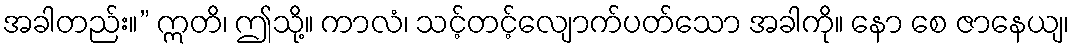
အခါတည်း။” ဣတိ၊ ဤသို့။ ကာလံ၊ သင့်တင့်လျောက်ပတ်သော အခါကို။ နော စေ ဇာနေယျ၊